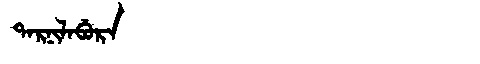
Manchu: ᡨᠠᡵᠨᡳᠯᠠᠪᡠᡵᠠ
Romanization: TARNILABURA